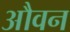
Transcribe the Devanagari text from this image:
औवन